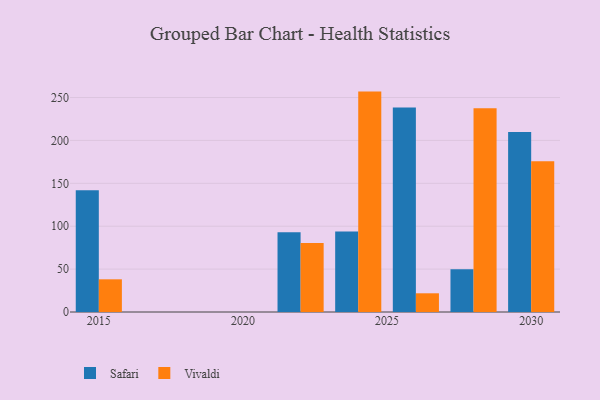
{"axis": {"x": "Year", "y": "Shipments"}, "legend": ["Safari", "Vivaldi"], "data": [{"x": "2022", "y": 92.9, "type": "Safari"}, {"x": "2022", "y": 80.5, "type": "Vivaldi"}, {"x": "2015", "y": 141.8, "type": "Safari"}, {"x": "2015", "y": 38.1, "type": "Vivaldi"}, {"x": "2026", "y": 238.4, "type": "Safari"}, {"x": "2026", "y": 21.8, "type": "Vivaldi"}, {"x": "2030", "y": 209.9, "type": "Safari"}, {"x": "2030", "y": 175.6, "type": "Vivaldi"}, {"x": "2028", "y": 49.7, "type": "Safari"}, {"x": "2028", "y": 237.4, "type": "Vivaldi"}, {"x": "2024", "y": 93.7, "type": "Safari"}, {"x": "2024", "y": 256.9, "type": "Vivaldi"}]}